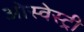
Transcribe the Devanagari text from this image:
ओस्वेस्ट्री